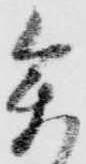
参